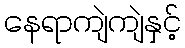
နေရာကျဲကျဲနှင့်